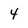
Character: 4